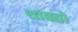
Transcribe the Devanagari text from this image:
थाबतो